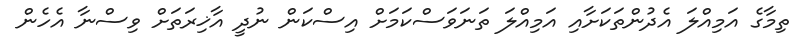
ތިމާގެ އަމިއްލަ އެދުންތަކަށާއި އަމިއްލަ ތަނަވަސްކަމަށް އިސްކަން ނުދީ އާޚިރަތަށް ވިސްނާ އެހެން